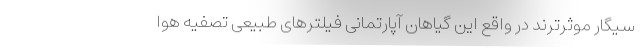
سیگار موثرترند در واقع این گیاهان آپارتمانی فیلترهای طبیعی تصفیه هوا